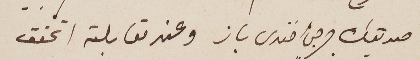
صديقك جرجي افندى باز وعند مقابلته اتحقق